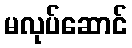
မလုပ်ဆောင်